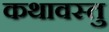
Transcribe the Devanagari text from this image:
कथावस्‍तु